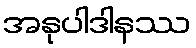
အနုပါဒါနဿ